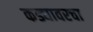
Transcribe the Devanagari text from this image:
कड्यावरचा